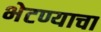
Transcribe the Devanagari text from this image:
भेटण्याचा